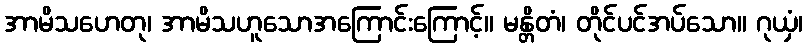
အာမိသဟေတု၊ အာမိသဟူသောအကြောင်းကြောင့်။ မန္တိတံ၊ တိုင်ပင်အပ်သော။ ဂုယှံ၊